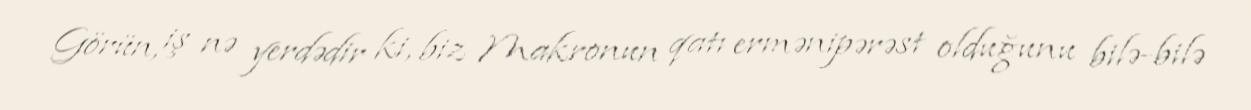
Görün, iş nə yerdədir ki, biz Makronun qatı ermənipərəst olduğunu bilə-bilə